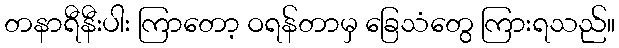
တနာရီနီးပါး ကြာတော့ ဝရန်တာမှ ခြေသံတွေ ကြားရသည်။